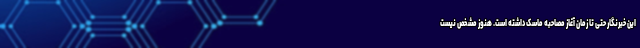
این خبرنگار حتی تا زمان آغاز مصاحبه ماسک داشته است. هنوز مشخص نیست